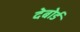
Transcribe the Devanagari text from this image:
देबोर्ड